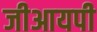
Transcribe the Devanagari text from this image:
जीआयपी